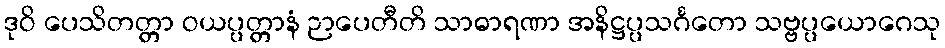
ဒုဝိ ပေသိတတ္တာ ဝယပ္ပတ္တာနံ ဉာပေတီတိ သာဓာရဏာ အနိဋ္ဌပ္ပသင်္ဂတော သဗ္ဗပ္ပယောဂေသု